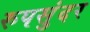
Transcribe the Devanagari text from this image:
रुपसुंदर